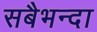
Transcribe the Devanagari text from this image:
सबैभन्दा